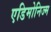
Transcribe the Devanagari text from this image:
एडिमोनिज्म